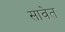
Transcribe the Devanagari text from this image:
सावेत